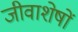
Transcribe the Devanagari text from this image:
जीवाशेषों